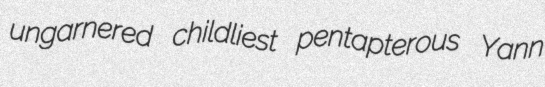
ungarnered childliest pentapterous Yann